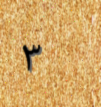
٣